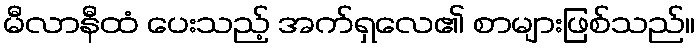
မီလာနီထံ ပေးသည့် အက်ရှလေ၏ စာများဖြစ်သည်။